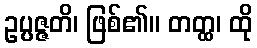
ဥပ္ပဇ္ဇတိ၊ ဖြစ်၏။ တတ္ထ၊ ထို